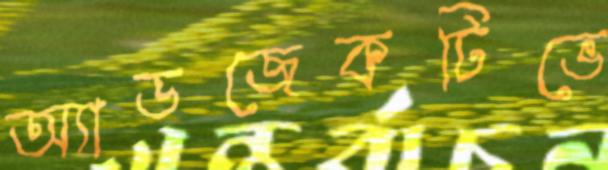
অ্যাডজেকটিভে